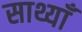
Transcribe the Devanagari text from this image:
साथ्याँ